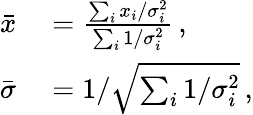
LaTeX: \begin{array}{rl}{\bar{x}}&{{}=\frac{\sum_{i}x_{i}/\sigma_{i}^{2}}{\sum_{i}1/\sigma_{i}^{2}}\, ,}\\ {\bar{\sigma}}&{{}=1/\sqrt{\sum_{i}1/\sigma_{i}^{2}}\, ,}\end{array}